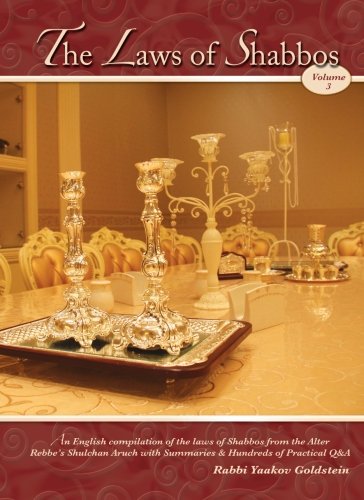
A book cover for The Laws Of Shabbos Volume 3; Rabbi Yaakov Goldstein; Religion & Spirituality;